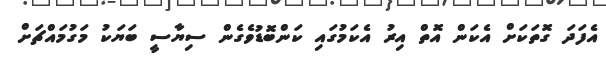
އެފަދަ ގޮތަކަށް އެކަން އޮތް އިރު އެކަމުގައި ކަންބޮޑުވެގެން ސިޔާސީ ބަޔަކު މަގުމައްޗަށް